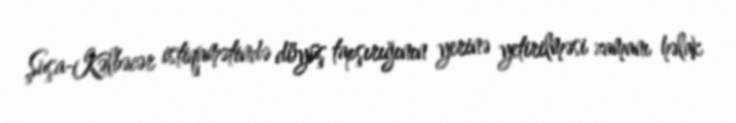
Şuşa-Kəlbəcər istiqamətində döyüş tapşırığının yerinə yetirilməsi zamanı həlak